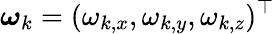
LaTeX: \boldsymbol{\omega}_{k}=(\omega_{k,x},\omega_{k,y},\omega_{k,z})^{\top}